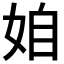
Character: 𡜍